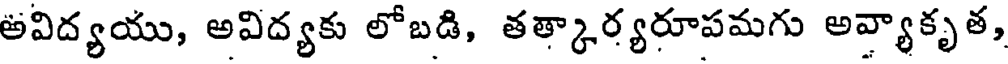
అవిద్యయు, అవిద్యకు లోబడి, తత్కార్యరూపమగు అవ్యాకృత,